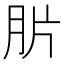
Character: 䏒